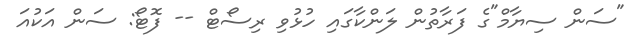
"ސަން ސިޔާމް"ގެ ފަރާތުން ލަންކާގައި ހުޅުވި ރިސޯޓް -- ފޮޓޯ: ސަން އަކުއަ